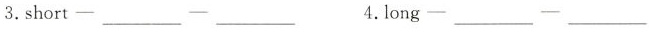
3.short—__—__ 4.long—___— ___